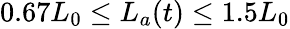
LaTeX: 0.67L_{0}\leq L_{a}(t)\leq 1.5L_{0}